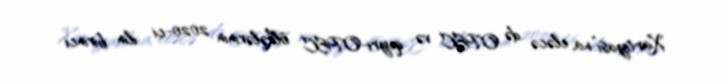
Xartiyası”na, eləcə də OPEC və qeyri-OPEC ölkələrinin 2020-ci ilin birinci